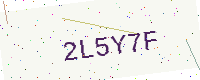
Text: 2L5Y7F